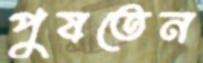
পুষতেন